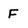
Character: F